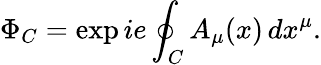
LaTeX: \Phi_{C}=\exp ie\oint_{C}A_{\mu}(x)\, dx^{\mu}.